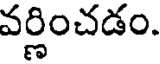
వర్ణించడం.